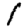
Digit: 1